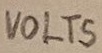
Text: VOLTS